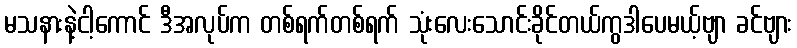
မသနားနဲ့ငါ့ကောင် ဒီအလုပ်က တစ်ရက်တစ်ရက် သုံးလေးသောင်းခိုင်တယ်ကွဒါပေမယ့်ဗျာ ခင်ဗျား